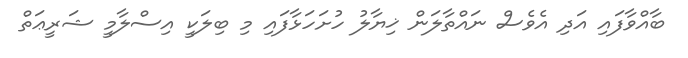
ބާއްވާފައި އަދި އެވެސް ނައްތާލަން ޚިޔާލު ހުށަހަޅާފައި މި ބިލަކީ އިސްލާމީ ޝަރީޢަތް